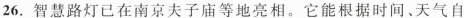
26. 智慧路灯已在南京夫子庙等地亮相。它能根据时间、天气自